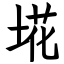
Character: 埖